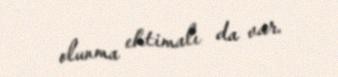
olunma ehtimalı da var.